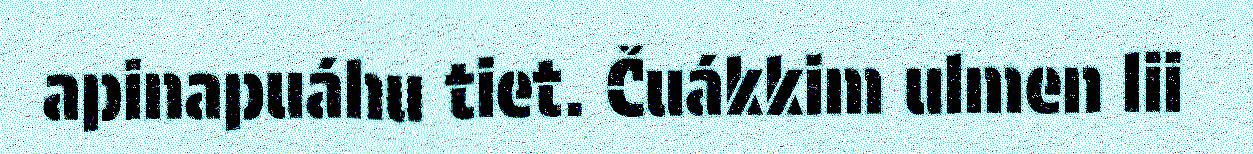
apinapuáhu tiet. Čuákkim ulmen lii